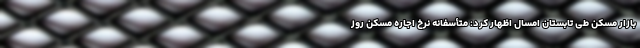
بازار مسکن طی تابستان امسال اظهار کرد: متأسفانه نرخ اجاره مسکن روز